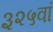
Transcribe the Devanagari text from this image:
३२५वां